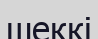
шеккі